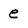
Character: e